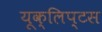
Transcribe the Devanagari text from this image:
यूक्लिप्टस